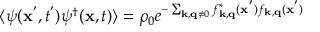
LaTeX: \langle \psi ( { \bf { x } } ^ { ' } , t ^ { ' } ) \psi ^ { \dagger } ( { \bf { x } } , t ) \rangle = \rho _ { 0 } e ^ { - \sum _ { { \bf { k } } , { \bf { q } } \neq 0 } f _ { { \bf { k } } , { \bf { q } } } ^ { * } ( { \bf { x } } ^ { ' } ) f _ { { \bf { k } } , { \bf { q } } } ( { \bf { x } } ^ { ' } ) }